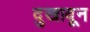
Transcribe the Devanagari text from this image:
दुखावून